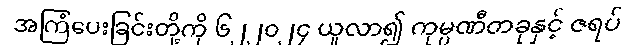
အကြံပေးခြင်းတို့ကို ၆၂၂၀၂၄ ယူလာ၍ ကုမ္ပဏီတခုနှင့် ဇရပ်